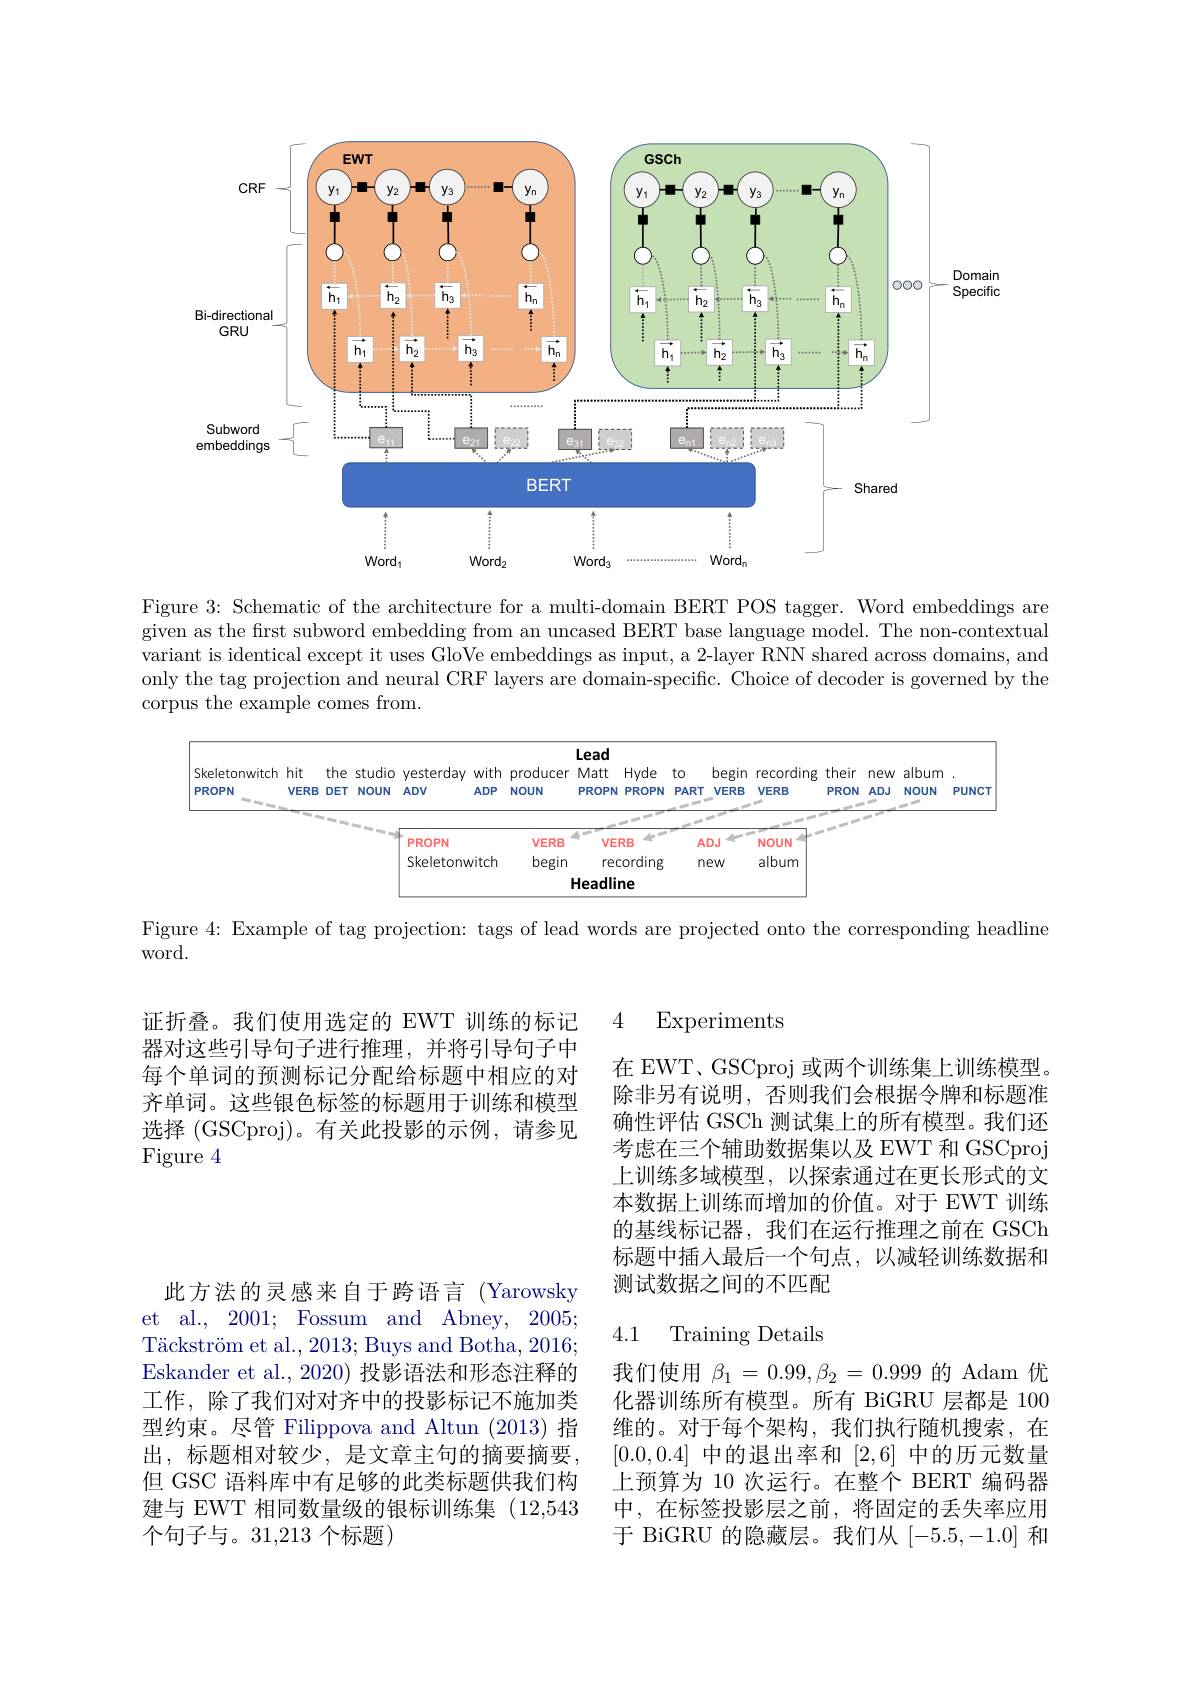
<FigureHere>

Figure 3: Schematic of the architecture for a multi-domain BERT POS tagger. Word embeddings are given as the frst subword embedding from an uncased BERT base language model. The non-contextual variant is identical except it uses GloVe embeddings as input, a 2-layer RNN shared across domains, and only the tag projection and neural CRF layers are domain-specific. Choice of decoder is governed by the corpus the example comes from.

<FigureHere>

Figure 4: Example of tag projection: tags of lead words are projected onto the corresponding headline

word.

4 Experiments

证折叠。我们使用选定的 EWT 训练的标记器对这些引导句子进行推理，并将引导句子中每个单词的预测标记分配给标题中相应的对齐单词。这些银色标签的标题用于训练和模型选择 (GSCproj)。有关此投影的示例，请参见Figure 4

在 EWT、GSCproj 或两个训练集上训练模型。除非另有说明，否则我们会根据令牌和标题准确性评估 GSCh 测试集上的所有模型。我们还考虑在三个辅助数据集以及 EWT 和 GSCproj 上训练多域模型，以探索通过在更长形式的文本数据上训练而增加的价值。对于 EWT 训练的基线标记器，我们在运行推理之前在 GSCh 标题中插入最后一个句点，以减轻训练数据和测试数据之间的不匹配

## 4.1 Training Details

此方法的灵感来自于跨语言(Yarowsky et al., 2001; Fossum and Abney, 2005; Täckström et al., 2013; Buys and Botha, 2016; Eskander et al., 2020) 投影语法和形态注释的工作，除了我们对对齐中的投影标记不施加类型约束。尽管 Filippova and Altun (2013) 指出，标题相对较少，是文章主句的摘要摘要， 但 GSC 语料库中有足够的此类标题供我们构建与 EWT 相同数量级的银标训练集 (12,543个句子与。31,213 个标题)

我们使用$\beta_1=0.99,\beta_2=0.999$的 Adam 优化器训练所有模型。所有 BiGRU 层都是 100维的。对于每个架构，我们执行随机搜索，在[0.0,0.4]中的退出率和[2,6]中的历元数量上预算为 10 次运行。在整个 BERT 编码器中，在标签投影层之前，将固定的丢失率应用于 BiGRU 的隐藏层。我们从[-5.5,-1.0]和